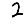
Digit: 2